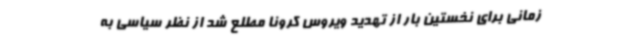
زمانی برای نخستین بار از تهدید ویروس کرونا مطلع شد از نظر سیاسی به